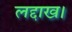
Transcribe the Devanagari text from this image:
लद्दाख।